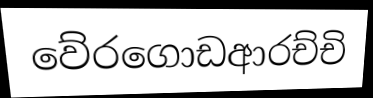
වේරගොඩආරච්චි